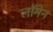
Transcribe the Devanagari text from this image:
लॉमेन